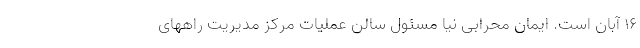
۱۶ آبان است. ایمان محرابی نیا مسئول سالن عملیات مرکز مدیریت راههای